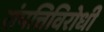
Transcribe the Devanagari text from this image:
संपत्तिविरोधी